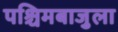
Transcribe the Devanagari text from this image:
पश्चिमबाजुला